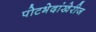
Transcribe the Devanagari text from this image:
पोटभेदांखेरीज